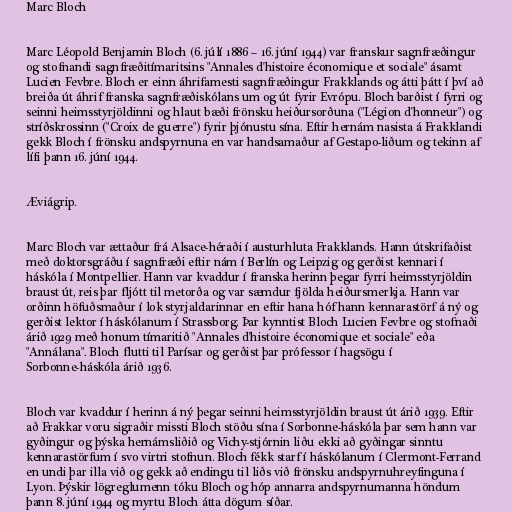
Marc Bloch

Marc Léopold Benjamin Bloch (6. júlí 1886 – 16. júní 1944) var franskur sagnfræðingur
og stofnandi sagnfræðitímaritsins "Annales d'histoire économique et sociale" ásamt
Lucien Fevbre. Bloch er einn áhrifamesti sagnfræðingur Frakklands og átti þátt í því að
breiða út áhrif franska sagnfræðiskólans um og út fyrir Evrópu. Bloch barðist í fyrri og
seinni heimsstyrjöldinni og hlaut bæði frönsku heiðursorðuna ("Légion d'honneur") og
stríðskrossinn ("Croix de guerre") fyrir þjónustu sína. Eftir hernám nasista á Frakklandi
gekk Bloch í frönsku andspyrnuna en var handsamaður af Gestapo-liðum og tekinn af
lífi þann 16. júní 1944.

Æviágrip.

Marc Bloch var ættaður frá Alsace-héraði í austurhluta Frakklands. Hann útskrifaðist
með doktorsgráðu í sagnfræði eftir nám í Berlín og Leipzig og gerðist kennari í
háskóla í Montpellier. Hann var kvaddur í franska herinn þegar fyrri heimsstyrjöldin
braust út, reis þar fljótt til metorða og var sæmdur fjölda heiðursmerkja. Hann var
orðinn höfuðsmaður í lok styrjaldarinnar en eftir hana hóf hann kennarastörf á ný og
gerðist lektor í háskólanum í Strassborg. Þar kynntist Bloch Lucien Fevbre og stofnaði
árið 1929 með honum tímaritið "Annales d'histoire économique et sociale" eða
"Annálana". Bloch flutti til Parísar og gerðist þar prófessor í hagsögu í
Sorbonne-háskóla árið 1936.

Bloch var kvaddur í herinn á ný þegar seinni heimsstyrjöldin braust út árið 1939. Eftir
að Frakkar voru sigraðir missti Bloch stöðu sína í Sorbonne-háskóla þar sem hann var
gyðingur og þýska hernámsliðið og Vichy-stjórnin liðu ekki að gyðingar sinntu
kennarastörfum í svo virtri stofnun. Bloch fékk starf í háskólanum í Clermont-Ferrand
en undi þar illa við og gekk að endingu til liðs við frönsku andspyrnuhreyfinguna í
Lyon. Þýskir lögreglumenn tóku Bloch og hóp annarra andspyrnumanna höndum
þann 8. júní 1944 og myrtu Bloch átta dögum síðar.